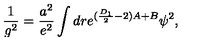
\frac { 1 } { g ^ { 2 } } = \frac { a ^ { 2 } } { e ^ { 2 } } \int d r e ^ { ( \frac { D _ { 1 } } { 2 } - 2 ) A + B } \psi ^ { 2 } ,